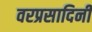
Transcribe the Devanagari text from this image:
वरप्रसादिनी